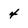
Character: 4